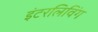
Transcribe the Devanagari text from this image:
इंटरलिविंग